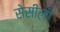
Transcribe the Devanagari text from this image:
सेसीली